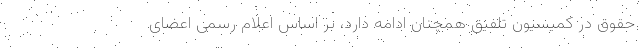
حقوق در کمیسیون تلفیق همچنان ادامه دارد، بر اساس اعلام رسمی اعضای